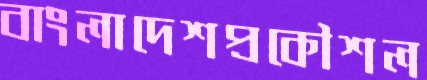
বাংলাদেশপ্রকৌশল